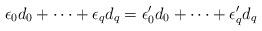
LaTeX: \begin{align*} \epsilon_0d_0+\dots+\epsilon_qd_q =\epsilon'_0d_0+\dots+\epsilon'_qd_q \end{align*}